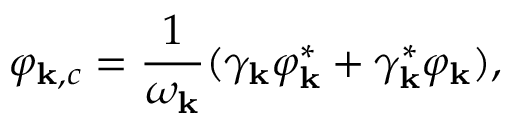
\varphi _ { { \bf k } , c } = \frac { 1 } { \omega _ { \bf k } } ( \gamma _ { \bf k } \varphi _ { \bf k } ^ { * } + \gamma _ { \bf k } ^ { * } \varphi _ { \bf k } ) ,